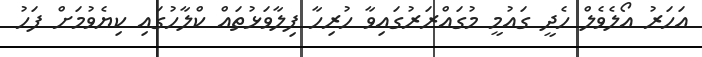
އަހަރު އޯލެވެލް ހެދީ ގައުމީ މުގައްރަރުގައިވާ ހުރިހާ ފިލާވަޅުތައް ކްލާހުގައި ކިޔެވުމަށް ފަހު